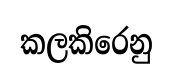
කලකිරෙනු